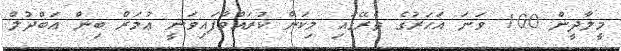
މީލާދީން 100 ވަނަ އަހަރުގެ ތެރޭގައި މިކަން ކުރައްވާފައިވަނީ ޢުމަރް ބިން ޢަބްދުލް